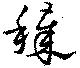
穢